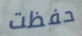
حفظت